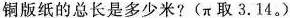
铜版纸的总长是多少米?(π取3.14。)